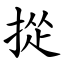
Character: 㧿